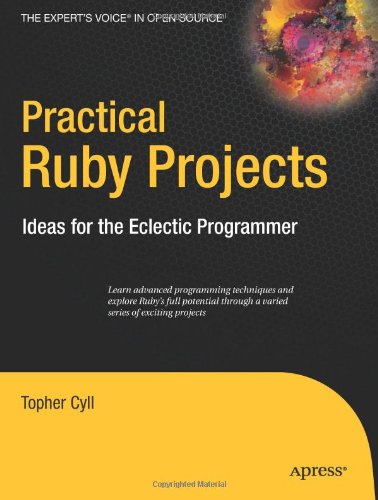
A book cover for Practical Ruby Projects: Ideas for the Eclectic Programmer (Books for Professionals by Professionals); Christopher Cyll; Computers & Technology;